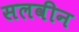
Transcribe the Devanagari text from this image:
सलवीन